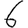
Digit: 6